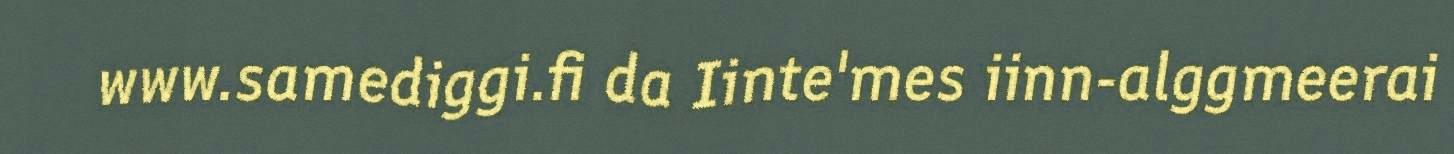
www.samediggi.fi da Iinte'mes iinn-alggmeerai